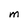
Character: M